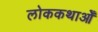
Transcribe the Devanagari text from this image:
लोककथाओँ